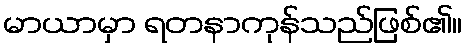
မာယာမှာ ရတနာကုန်သည်ဖြစ်၏။